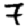
Digit: 7